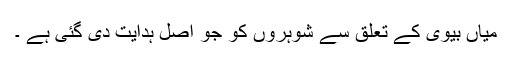
میاں بیوی کے تعلق سے شوہروں کو جو اصل ہدایت دی گئی ہے ۔